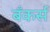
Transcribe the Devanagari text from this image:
बँकर्स